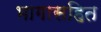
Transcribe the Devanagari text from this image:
भागासहित